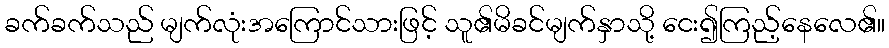
ခက်ခက်သည် မျက်လုံးအကြောင်သားဖြင့် သူ၏မိခင်မျက်နှာသို့ ငေး၍ကြည့်နေလေ၏။